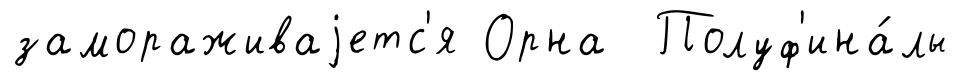
замораживаjетс'я Орна Полуф'ина́лы